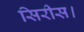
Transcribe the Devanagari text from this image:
सिरीस।